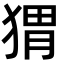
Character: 猬